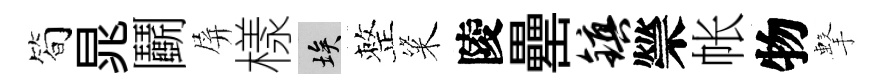
简晁鬬屏樣埃整粢陵罍镇禜帐物擊